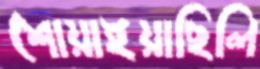
শোয়াইয়াছিলি